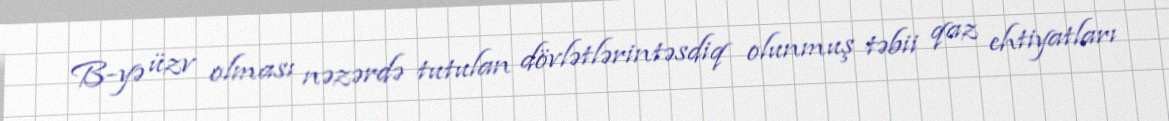
B-yə üzv olması nəzərdə tutulan dövlətlərintəsdiq olunmuş təbii qaz ehtiyatları